Document type: Emphyteutic lease
Year: 1316
Scribe: Guillem de Vila
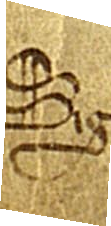
Sig